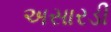
અસારડી